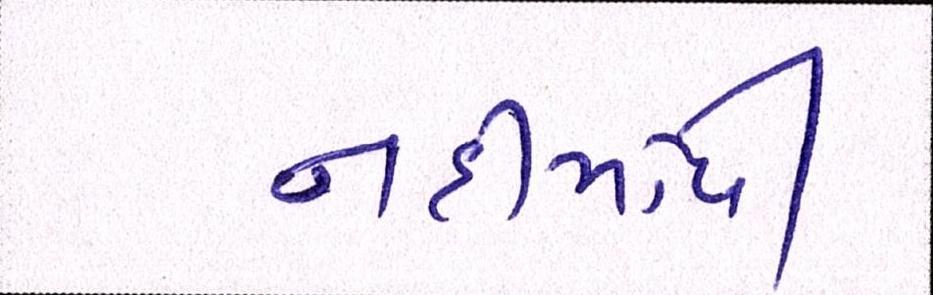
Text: નદીમાંથી